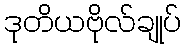
ဒုတိယဗိုလ်ချုပ်